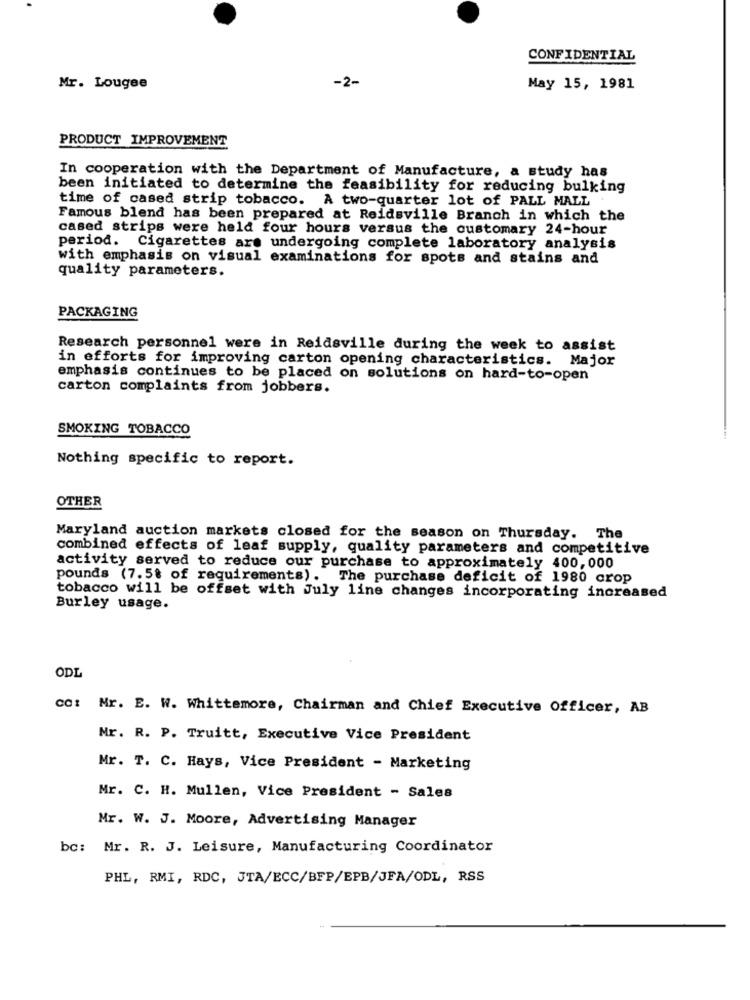
CONFIDENTIAL
Mr. Lougee
-2-
May 15, 1981
PRODUCT IMPROVEMENT
In cooperation with the Department of Manufacture, a study has
been initiated to determine the feasibility for reducing bulking
time of cased strip tobacco. A two-quarter lot of PALL MALL
Famous blend has been prepared at Reidsville Branch in which the
cased strips were held four hours versus the customary 24-hour
period. Cigarettes are undergoing complete laboratory analysis
with emphasis on visual examinations for spots and stains and
quality parameters.
PACKAGING
Research personnel were in Reidsville during the week to assist
in efforts for improving carton opening characteristics. Major
emphasis continues to be placed on solutions on hard-to-open
carton complaints from jobbers.
SMOKING TOBACCO
Nothing specific to report.
OTHER
Maryland auction markets closed for the season on Thursday. The
combined effects of leaf supply, quality parameters and competitive
activity served to reduce our purchase to approximately 400,000
pounds (7. 5% of requirements).
The purchase deficit of 1980 crop
tobacco will be offset with July line changes incorporating increased
Burley usage.
ODL
cc: Mr. E. W. Whittemore, Chairman and Chief Executive Officer, AB
Mr. R. P. Truitt, Executive Vice President
Mr. T. C. Hays, Vice President - Marketing
Mr. C. H. Mullen, Vice President - Sales
Mr. W. J. Moore, Advertising Manager
bc: Mr. R. J. Leisure, Manufacturing Coordinator
PHL, RMI, RDC, JTA/ECC/BFP/EPB/JFA/ODL, RSS